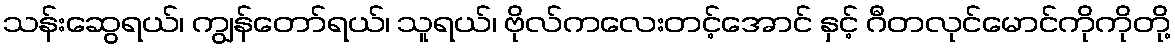
သန်းဆွေရယ်၊ ကျွန်တော်ရယ်၊ သူရယ်၊ ဗိုလ်ကလေးတင့်အောင် နှင့် ဂီတလုင်မောင်ကိုကိုတို့